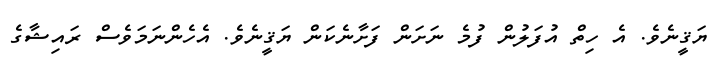
ޔަޤީނެވެ. އެ ހިތް އުފަލުން ފުމެ ނަށަން ފަށާނެކަން ޔަޤީނެވެ. އެހެންނަމަވެސް ރައިޝާގެ